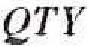
QTY